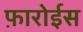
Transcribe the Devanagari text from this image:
फ़ारोईस